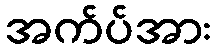
အက်ပ်အား